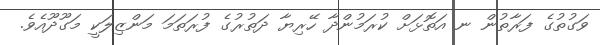
ވަގުތުގެ ފަރާތުން ނ އަތޮޅަށް ކުރަމުންދާ ހޭރިޔާ ދަތުރުގެ ފުރަތަމަ މަންޒިލަކީ މަގޫދޫއެވެ.